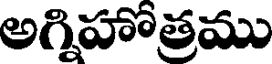
అగ్నిహోత్రము